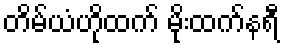
တိမ်ယံဟိုထက် မိုးထက်နရီ